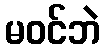
မဝင်ဘဲ